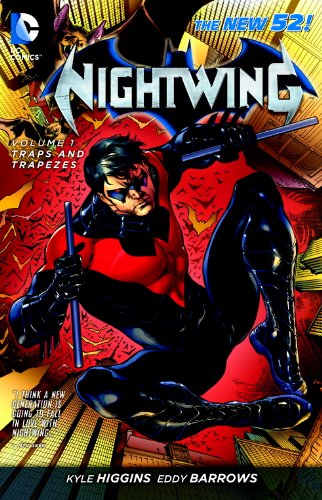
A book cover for Nightwing Vol. 1: Traps and Trapezes (The New 52); Kyle Higgins; Comics & Graphic Novels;